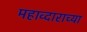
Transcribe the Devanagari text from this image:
महाव्दाराच्या